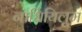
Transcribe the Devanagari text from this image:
नाधियिलुम